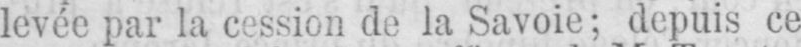
levée par la cession de la Savoie; depuis ce